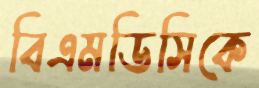
বিএমডিসিকে